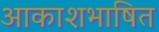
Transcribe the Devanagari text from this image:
आकाशभाषित